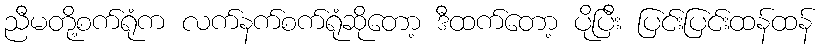
ညီမတို့စက်ရုံက လက်နက်စက်ရုံဆိုတော့ ဒီထက်တော့ ပိုပြီး ပြင်းပြင်းထန်ထန်